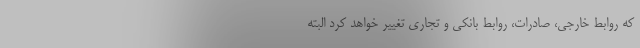
که روابط خارجی، صادرات، روابط بانکی و تجاری تغییر خواهد کرد البته